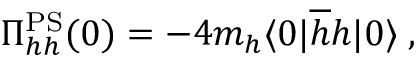
\Pi _ { h h } ^ { \mathrm { P S } } ( 0 ) = - 4 m _ { h } \langle 0 | \overline { { { h } } } h | 0 \rangle \; ,